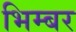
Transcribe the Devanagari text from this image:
भिम्बर